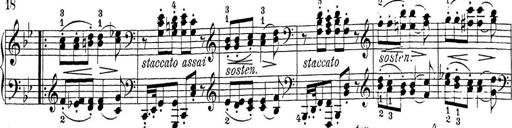
Title: Sonatina Album
Composer: Louis KÃ¶hler